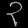
Digit: ၃